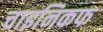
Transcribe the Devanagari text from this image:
चाइनिकफ